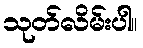
သုတ်လိမ်းပါ။